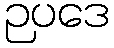
ဉပဒေ